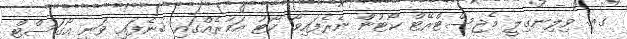
ގއ. ވިލިނގިލީ މެޖިސްޓްރޭޓް ކޯޓުން ނެރެފައިވާ ކޯޓު އަމުރެއްގައި ބުނެފައި ވަނީ އޯގަސްޓް